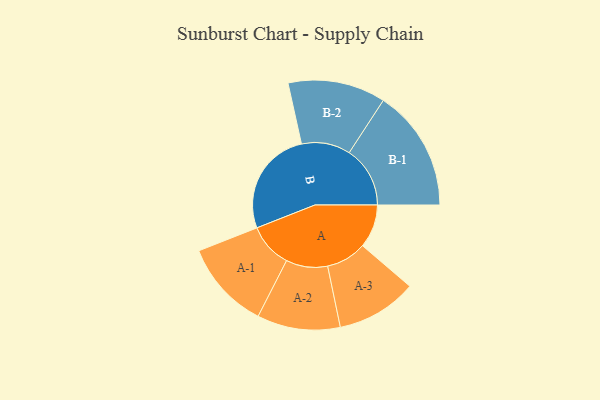
{"axis": {"x": "Segment", "y": "Value"}, "legend": ["", "A", "B"], "data": [{"x": "A", "y": 184, "type": ""}, {"x": "B", "y": 449, "type": ""}, {"x": "A-1", "y": 188, "type": "A"}, {"x": "A-2", "y": 176, "type": "A"}, {"x": "A-3", "y": 171, "type": "A"}, {"x": "B-1", "y": 258, "type": "B"}, {"x": "B-2", "y": 207, "type": "B"}]}